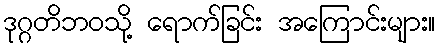
ဒုဂ္ဂတိဘဝသို့ ရောက်ခြင်း အကြောင်းများ။